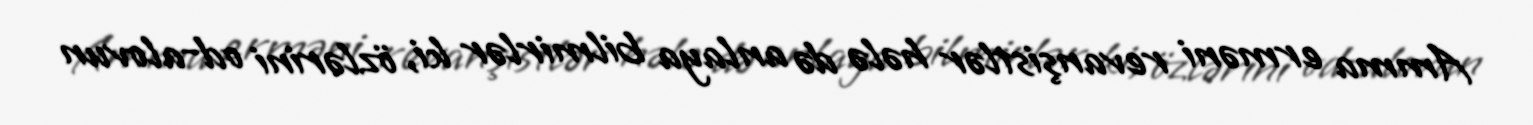
Amma erməni revanşistlər hələ də anlaya bilmirlər ki, özlərini od-alovun